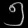
Digit: ၅